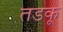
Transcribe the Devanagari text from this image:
तडकू